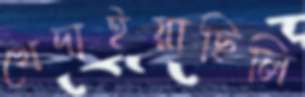
খেদাইয়াছিলি